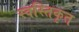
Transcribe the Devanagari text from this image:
स्वस्तिकृत